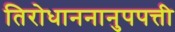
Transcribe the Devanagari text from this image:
तिरोधाननानुपपत्ती